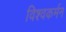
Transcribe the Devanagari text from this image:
विश्वकर्मन